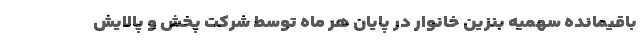
باقیمانده سهمیه بنزین خانوار در پایان هر ماه توسط شرکت پخش و پالایش